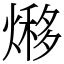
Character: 熪